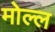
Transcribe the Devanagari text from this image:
मोल्ल